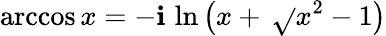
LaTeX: \operatorname{arccos}x=-\mathbf{i}\, \ln\left(x+\, {\sqrt{}{{x^{2}-1}}}\right)